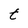
Character: t